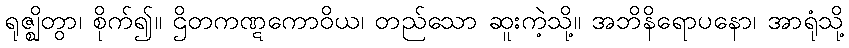
ရုဇ္ဈိတွာ၊ စိုက်၍။ ဌိတကဏ္ဋကောဝိယ၊ တည်သော ဆူးကဲ့သို့။ အဘိနိရောပနော၊ အာရုံသို့